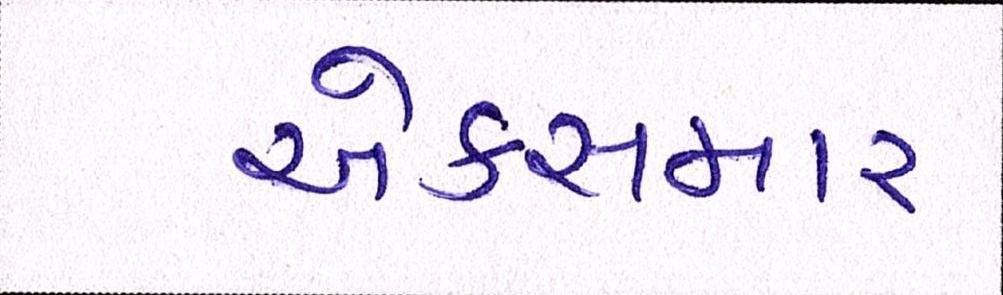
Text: એક્સમાર